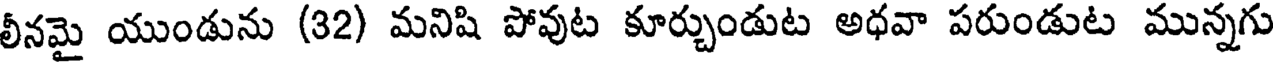
లీనమై యుండును (32) మనిషి పోవుట కూర్చుండుట అధవా పరుండుట మున్నగు